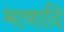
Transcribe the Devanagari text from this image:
भावादि